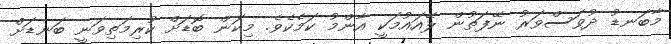
މާބަނޑު ދުވަސްވަރު ނޭފަތުން ލޭއައުމަކީ އާންމު ކަމެކެވެ. މިކަން ބޮޑަށް ކުރިމަތިވަނީ ބަނޑަށް